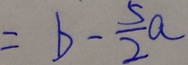
= b - \frac { 5 } { 2 } a